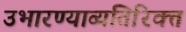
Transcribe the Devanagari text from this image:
उभारण्याव्यतिरिक्त